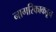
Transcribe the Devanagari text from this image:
नागरिकाकडून